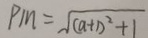
P M = \sqrt { ( a + 1 ) ^ { 2 } + 1 }